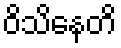
ဝိသိနေတိ